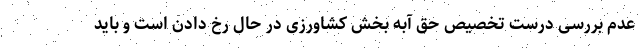
عدم بررسی درست تخصیص حق آبه بخش کشاورزی در حال رخ دادن است و باید